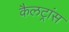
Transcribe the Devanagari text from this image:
कैलट्रांस